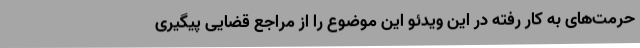
حرمت‌های به کار رفته در این ویدئو این موضوع را از مراجع قضایی پیگیری